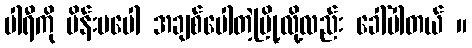
ပါရီကို မိန်းမပေါ အချစ်ပေါတဲ့မြို့လို့လည်း ခေါ်ပါတယ် ။